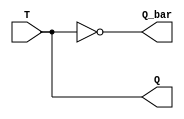
module t_ff (
    input T,
    output reg Q,
    output reg Q_bar
);

reg D1, D2;

assign D1 = T;
assign D2 = Q;

always @ (D1 or Q_bar) begin
    Q <= D1;
    Q_bar <= ~Q;
end

endmodule